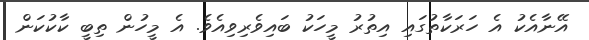
އޭނާއެކު އެ ހަރަކާތުގައި އިތުރު މީހަކު ބައިވެރިވިއެވެ. އެ މީހުން ތިބީ ކާކުކަން